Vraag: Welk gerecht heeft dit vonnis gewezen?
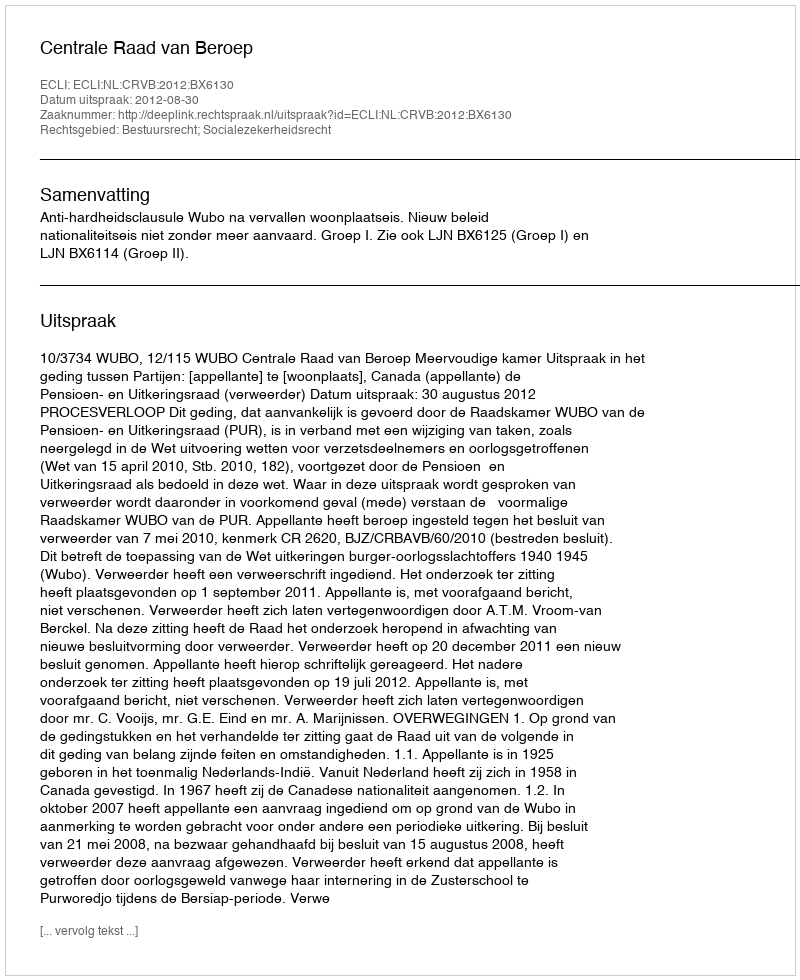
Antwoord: Centrale Raad van Beroep